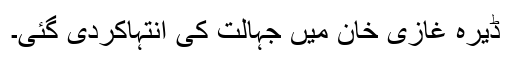
ڈیرہ غازی خان میں جہالت کی انتہاکردی گئی۔